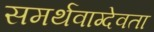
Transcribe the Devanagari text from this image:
समर्थवाग्देवता